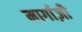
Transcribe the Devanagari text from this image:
मार्गाज़ी